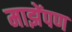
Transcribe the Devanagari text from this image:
माझेंपण